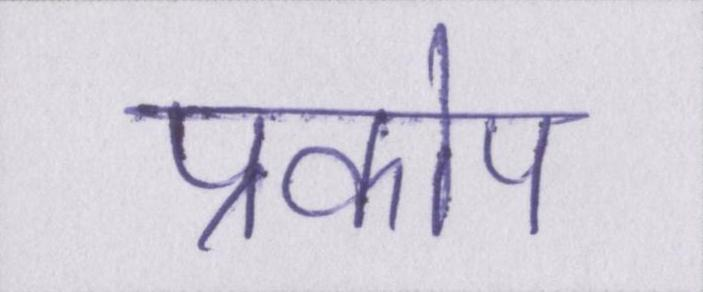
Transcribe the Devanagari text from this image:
प्रकोप